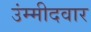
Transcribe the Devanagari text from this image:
उंम्मीदवार